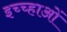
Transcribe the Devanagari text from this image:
इच्च्हाओं